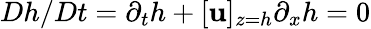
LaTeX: Dh/Dt=\partial_{t}h+[\mathbf{u}]_{z=h}\partial_{x}h=0